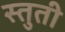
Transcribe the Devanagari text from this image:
स्‍तुती